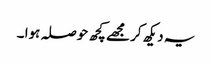
یہ دیکھ کر مجھے کچھ حوصلہ ہوا ۔